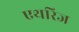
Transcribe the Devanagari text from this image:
एथरिज